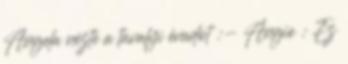
Angela nézte a tavalyi évadot :- Angie : Ez